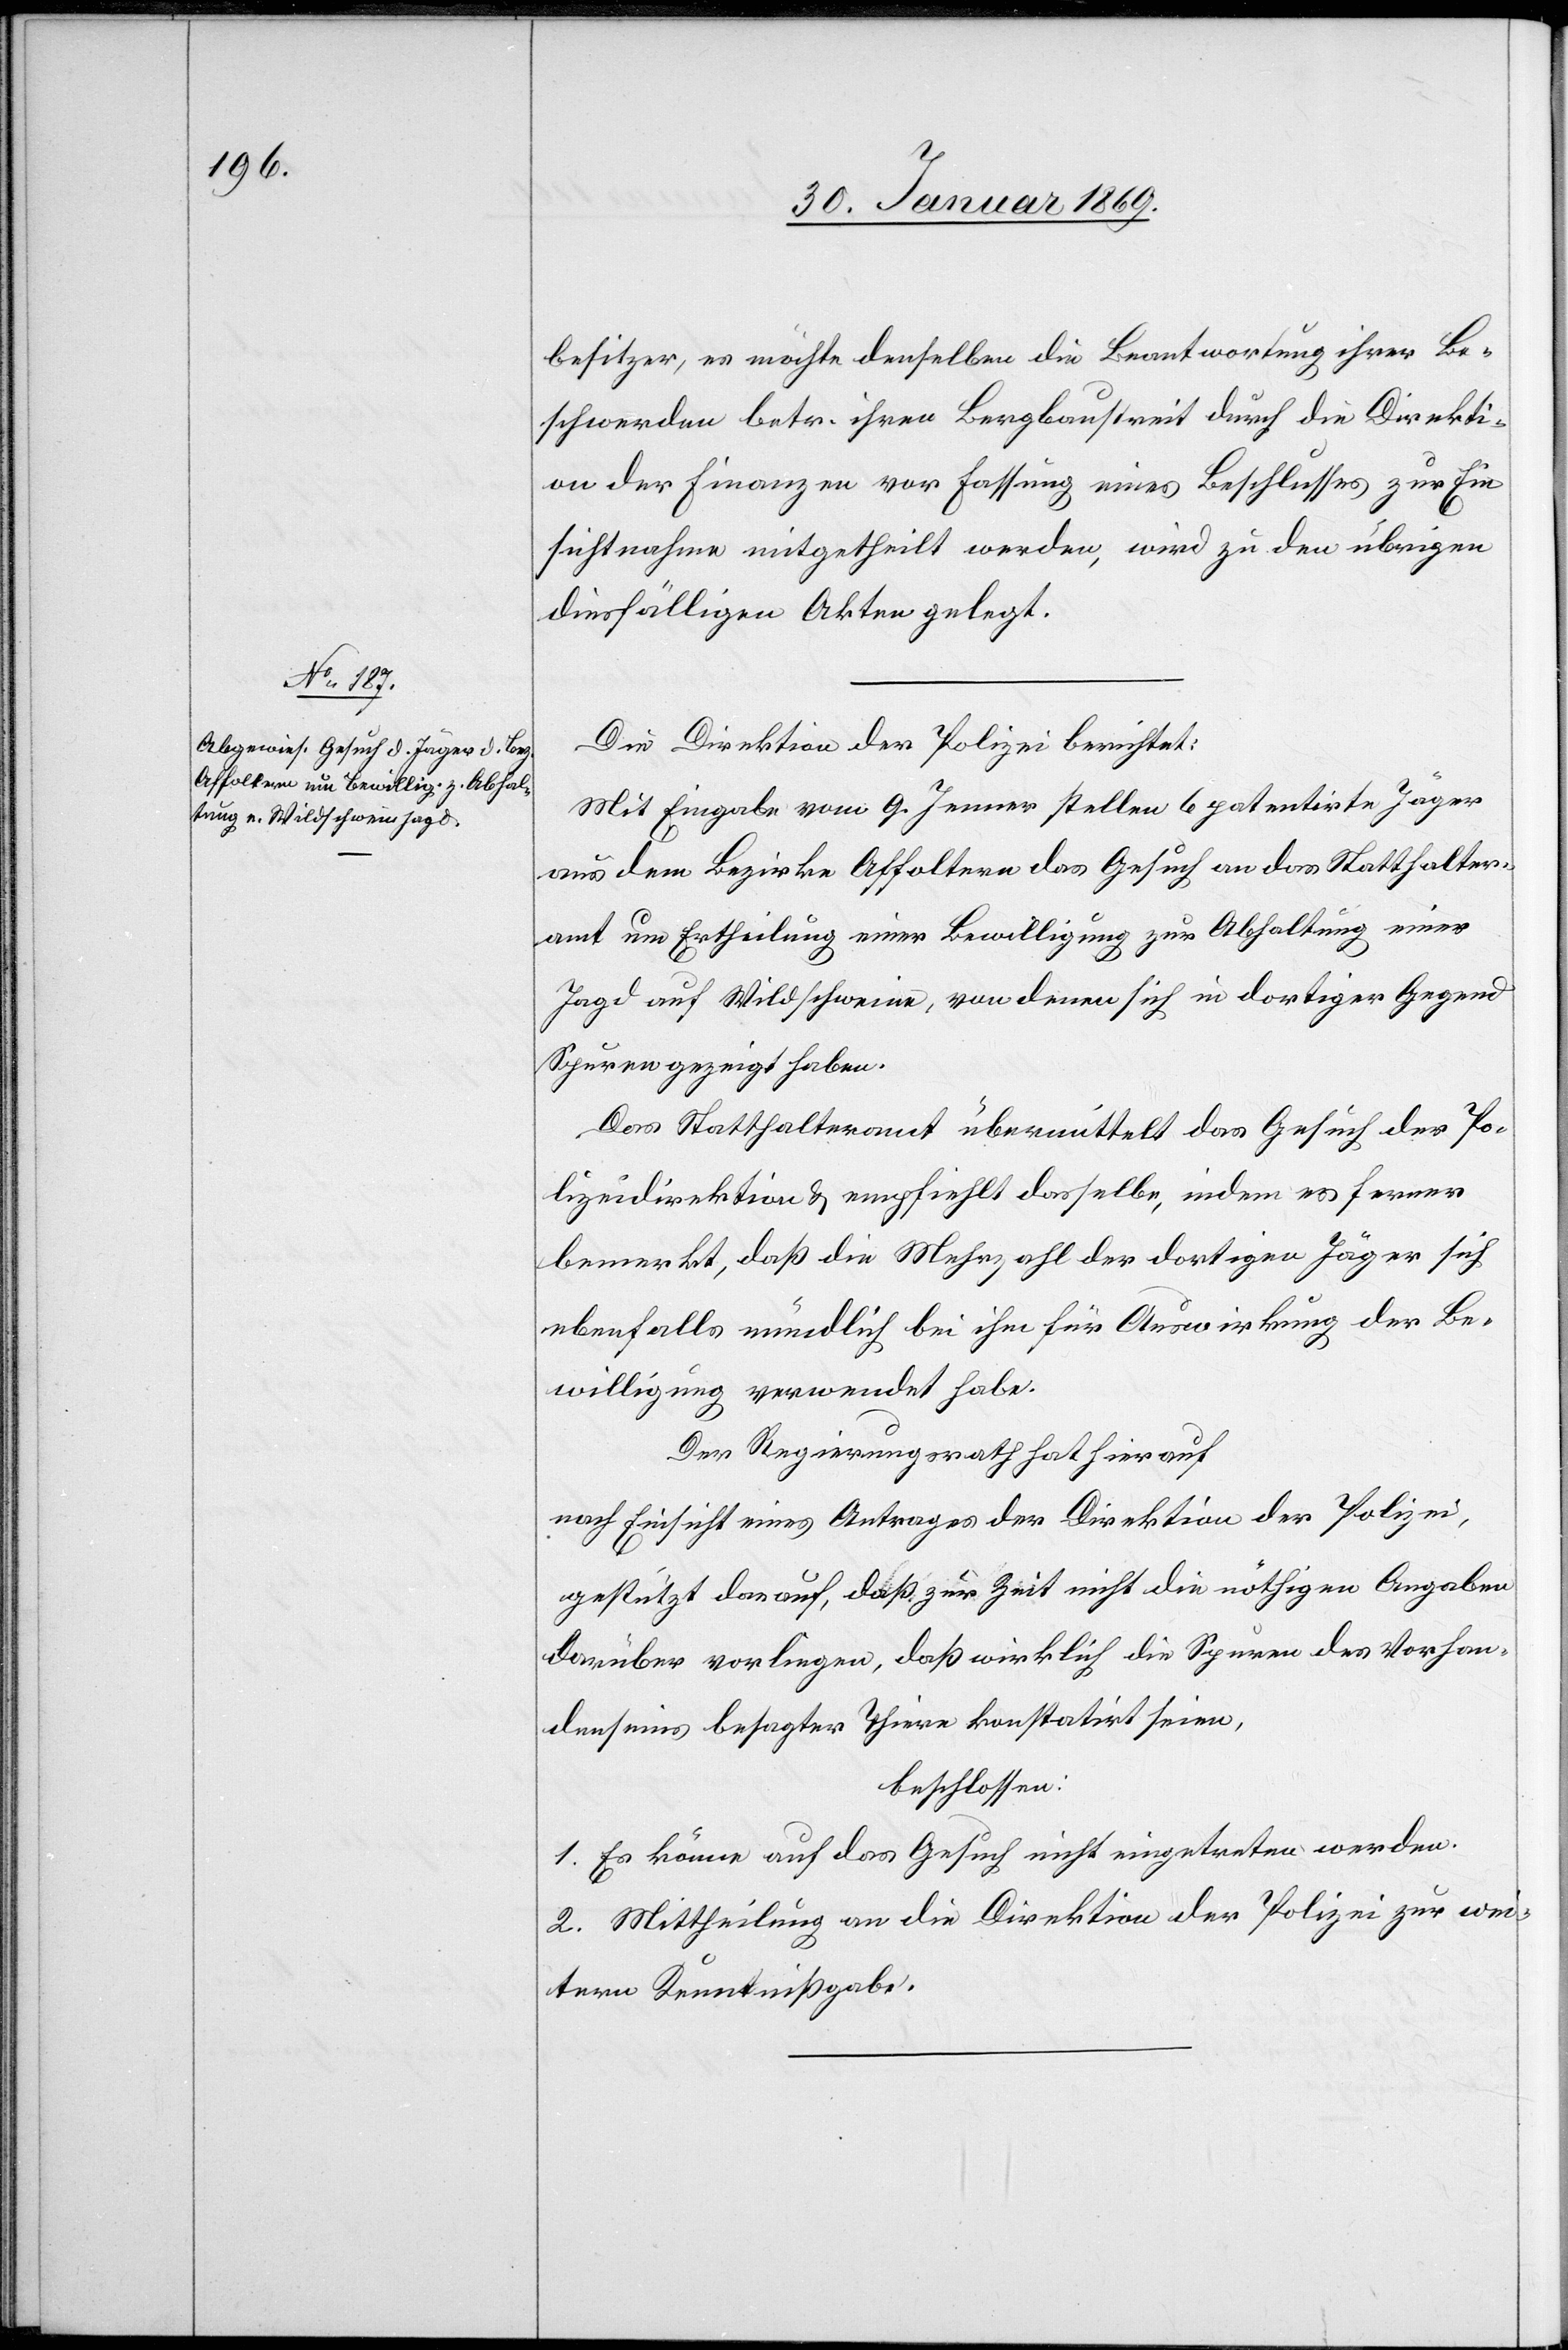
besitzer, es möchte denselben die Beantwortung ihrer Be¬
schwerden betr. ihren Bergbaustreit durch die Direkti¬
on der Finanzen vor Fassung eines Beschlusses zur Ein¬
sichtnahme mitgetheilt werden, wird zu den übrigen
diesfälligen Akten gelegt.
Die Direktion der Polizei berichtet:
Mit Eingabe vom 9. Jenner stellen 6 patentirte Jäger
aus dem Bezirke Affoltern das Gesuch an das Statthalter¬
amt um Ertheilung einer Bewilligung zur Abhaltung einer
Jagd auf Wildschweine, von denen sich in dortiger Gegend
Spuren gezeigt haben.
Das Statthalteramt übermittelt das Gesuch der Po¬
lizeidirektion u. empfiehlt dasselbe, indem es ferner
bemerkt, daß die Mehrzahl der dortigen Jäger sich
ebenfalls mündlich bei ihm für Auswirkung der Be¬
willigung verwendet habe.
Der Regierungsrath hat hierauf
nach Einsicht eines Antrages der Direktion der Polizei,
gestützt darauf, daß zur Zeit nicht die nöthigen Angaben
darüber vorliegen, daß wirklich die Spuren des Vorhan¬
denseins besagter Tiere konstatirt seien,
beschlossen:
1. Es könne auf das Gesuch nicht eingetreten werden.
2. Mittheilung an die Direktion der Polizei zu wei¬
tern Kenntnißgabe.